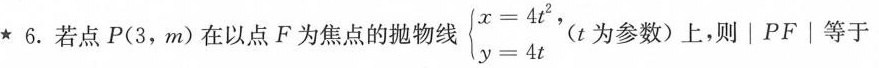
★6. 若点P(3，m)在以点F为焦点的抛物线$$\left \ { \begin { matrix } x = 4 t ^ { 2 } \ \ y= 4 t \ \ \end { matrix } \right .$$，(t为参数)上，则│PF│等于